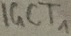
Text: IGCT1